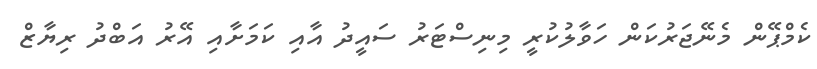
ކެމްޕޭން މެނޭޖަރުކަން ހަވާލުކުރީ މިނިސްޓަރު ސައީދު އާއި ކަމަށާއި އޭރު އަބްދު ރިޔާޒް